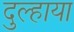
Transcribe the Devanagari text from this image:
दुल्हाया